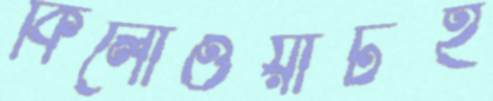
কিলোওয়াটই